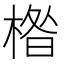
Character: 𱣹